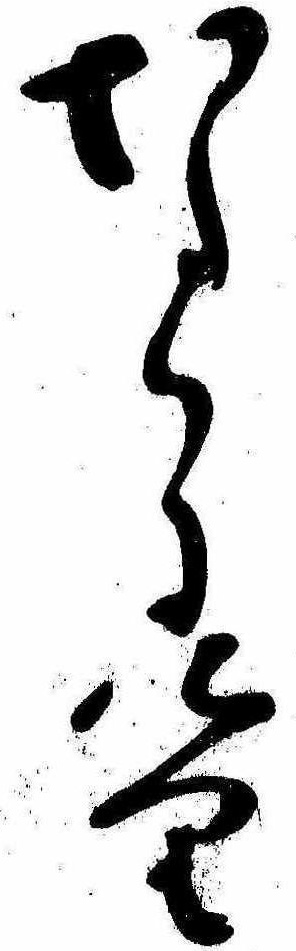
なりにけり